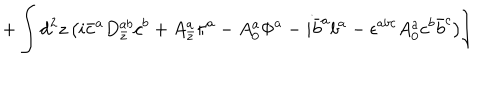
+ \int d ^ { 2 } z \left( i \bar { c } ^ { a } D _ { \bar { z } } ^ { a b } c ^ { b } + A _ { \bar { z } } ^ { a } \pi ^ { a } - A _ { 0 } ^ { a } \Phi ^ { a } - i \bar { b } ^ { a } b ^ { a } - \epsilon ^ { a b c } A _ { 0 } ^ { a } c ^ { b } \bar { b } ^ { c } \right) \Biggr ]